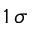
1 \, \sigma